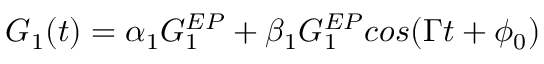
G _ { 1 } ( t ) = \alpha _ { 1 } G _ { 1 } ^ { E P } + \beta _ { 1 } G _ { 1 } ^ { E P } c o s ( \Gamma t + \phi _ { 0 } )